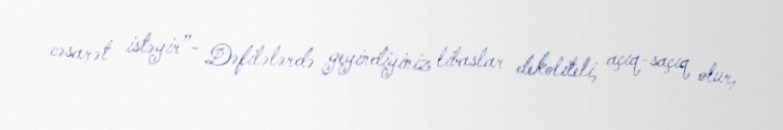
cəsarət istəyir”- Dəfilələrdə geyindiyiniz libaslar dekoliteli, açıq-saçıq olur,